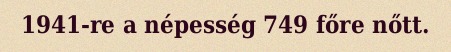
1941-re a népesség 749 főre nőtt.